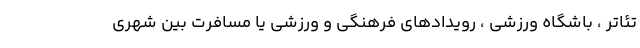
تئاتر ، باشگاه ورزشی ، رویدادهای فرهنگی و ورزشی یا مسافرت بین شهری